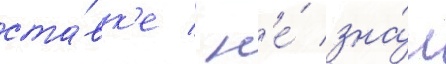
ста́вк'е / н'е́ зна́л